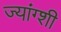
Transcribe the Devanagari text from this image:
ज्यांग्शी